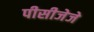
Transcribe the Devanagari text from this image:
पीसीजेजे